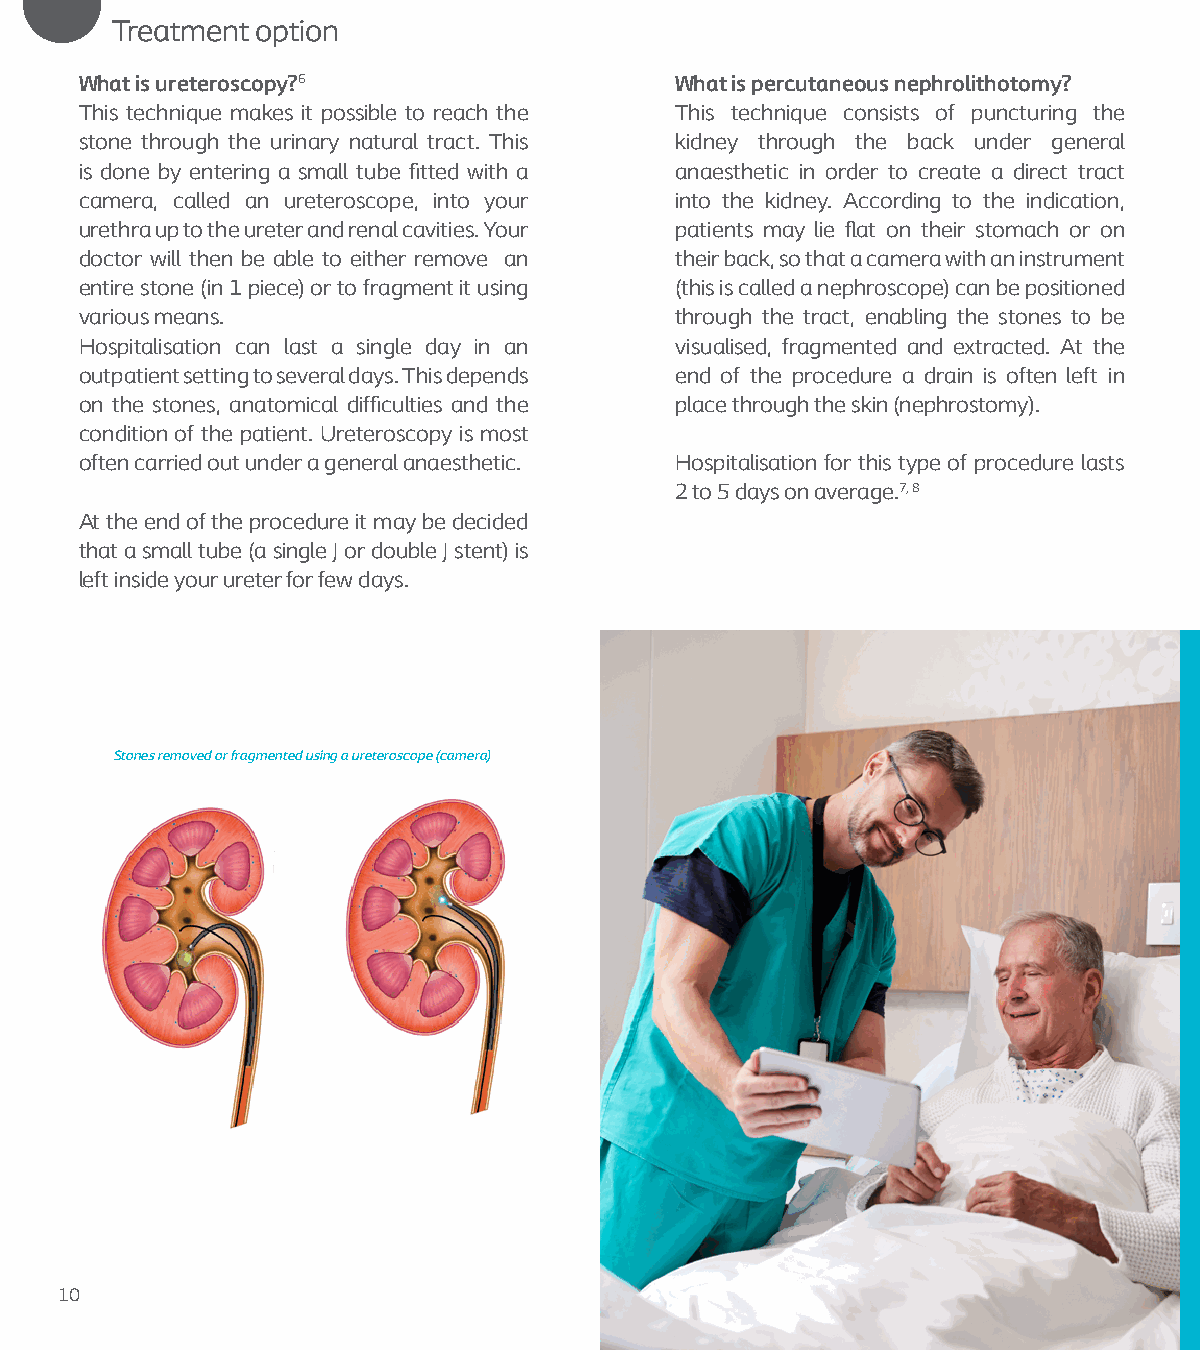
Treatment option
 What is ureteroscopy?6                  What is percutaneous nephrolithotomy?
 This technique makes it possible to reach the This technique consists of puncturing the
 stone through the urinary natural tract. This kidney through the back under general
 is done by entering a small tube fitted with a anaesthetic in order to create a direct tract
 camera, called an ureteroscope, into your into the kidney. According to the indication,
 urethra up to the ureter and renal cavities. Your patients may lie flat on their stomach or on
 doctor will then be able to either remove an their back, so that a camera with an instrument
 entire stone (in 1 piece) or to fragment it using (this is called a nephroscope) can be positioned
 various means.                          through the tract, enabling the stones to be
 Hospitalisation can last a single day in an visualised, fragmented and extracted. At the
 outpatient setting to several days. This depends end of the procedure a drain is often left in
 on the stones, anatomical difficulties and the place through the skin (nephrostomy).
 condition of the patient. Ureteroscopy is most
 often carried out under a general anaesthetic. Hospitalisation for this type of procedure lasts
 2 to 5 days on average.7, 8
 At the end of the procedure it may be decided
 that a small tube (a single J or double J stent) is
 left inside your ureter for few days.
 Stones removed or fragmented using a ureteroscope (camera)
 10